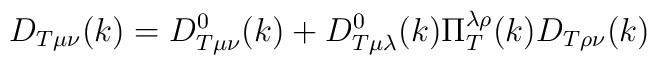
D_{T\mu \nu }(k)=D_{T\mu \nu }^0(k)+D_{T\mu \lambda }^0(k)\Pi _T^{\lambda\rho }(k)D_{T\rho \nu }(k)